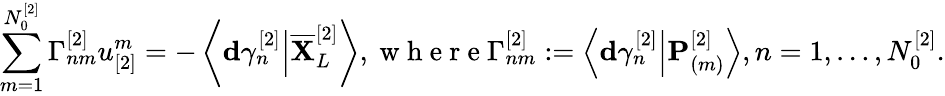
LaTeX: \sum_{m=1}^{N_{0}^{[2]}}\Gamma_{nm}^{[2]}u_{[2]}^{m}=-\left\langle\mathbf{d}\gamma_{n}^{[2]}\Big\vert\overline{{\mathbf{X}}}_{L}^{[2]}\right\rangle,\mathrm{~w~h~e~r~e~}\Gamma_{nm}^{[2]}:=\left\langle\mathbf{d}\gamma_{n}^{[2]}\Big\vert\mathbf{P}_{(m)}^{[2]}\right\rangle,n=1,\dots,N_{0}^{[2]}.